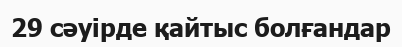
29 сәуірде қайтыс болғандар